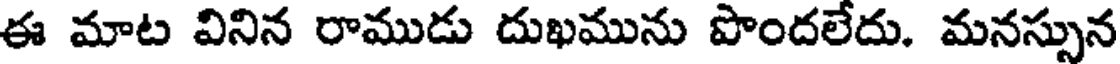
ఈ మాట వినిన రాముడు దుఖమును పొందలేదు. మనస్సున